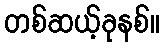
တစ်ဆယ့်ခုနစ်။